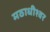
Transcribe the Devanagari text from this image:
मठाधीश्वर